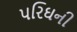
પરિઘની